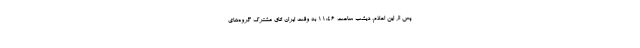
پس از این اعلام، دیشب ساعت ۱۱:۴۶ به وقت ایران اتاق مشترک گروه‌های